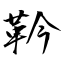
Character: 靲